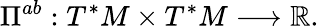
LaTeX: \Pi^{ab}:T^{*}M\times T^{*}M\longrightarrow\mathbb{R}.